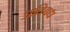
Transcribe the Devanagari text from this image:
प्रतिबध